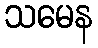
သမေန